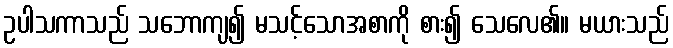
ဥပါသကာသည် သဘောကျ၍ မသင့်သောအစာကို စား၍ သေလေ၏။ မယားသည်